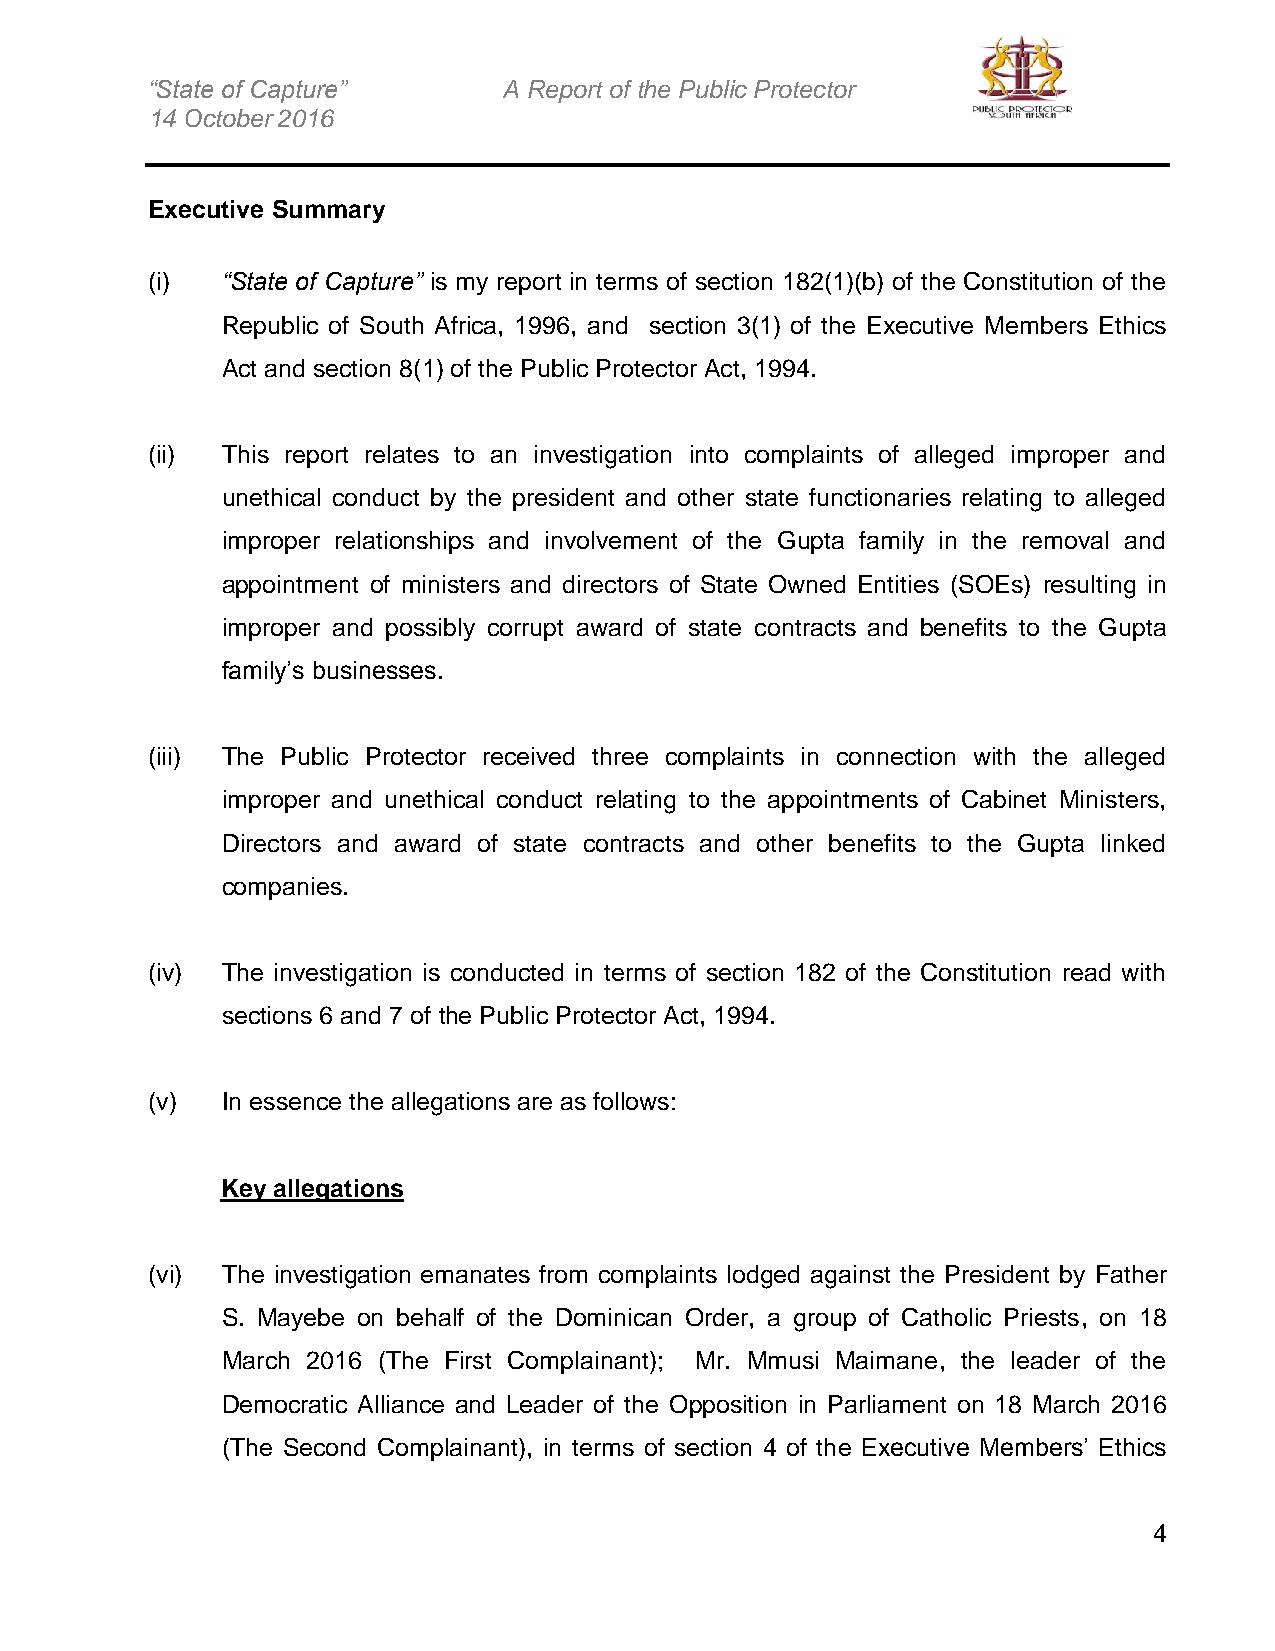
“State of Capture”     A Report of the Public Protector
 14 October 2016
 Executive Summary
 (i)  “State of Capture” is my report in terms of section 182(1)(b) of the Constitution of the
 Republic of South Africa, 1996, and section 3(1) of the Executive Members Ethics
 Act and section 8(1) of the Public Protector Act, 1994.
 (ii) This report relates to an investigation into complaints of alleged improper and
 unethical conduct by the president and other state functionaries relating to alleged
 improper relationships and involvement of the Gupta family in the removal and
 appointment of ministers and directors of State Owned Entities (SOEs) resulting in
 improper and possibly corrupt award of state contracts and benefits to the Gupta
 family’s businesses.
 (iii) The Public Protector received three complaints in connection with the alleged
 improper and unethical conduct relating to the appointments of Cabinet Ministers,
 Directors and award of state contracts and other benefits to the Gupta linked
 companies.
 (iv) The investigation is conducted in terms of section 182 of the Constitution read with
 sections 6 and 7 of the Public Protector Act, 1994.
 (v)  In essence the allegations are as follows:
 Key allegations
 (vi) The investigation emanates from complaints lodged against the President by Father
 S. Mayebe on behalf of the Dominican Order, a group of Catholic Priests, on 18
 March 2016 (The First Complainant); Mr. Mmusi Maimane, the leader of the
 Democratic Alliance and Leader of the Opposition in Parliament on 18 March 2016
 (The Second Complainant), in terms of section 4 of the Executive Members’ Ethics
 4